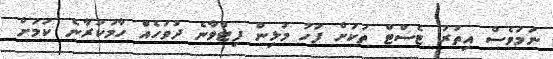
ނަމަވެސް އިތުރު ޓެސްޓް ތަކަށް ފަހު މުޅިން ފިޓްވާނެ ދުވަހެއް ހާމަކުރާނެ ކަމަށް